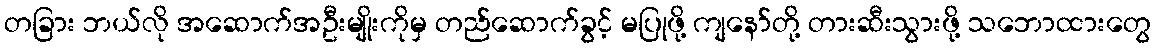
တခြား ဘယ်လို အဆောက်အဦးမျိုးကိုမှ တည်ဆောက်ခွင့် မပြုဖို့ ကျနော်တို့ တားဆီးသွားဖို့ သဘောထားတွေ